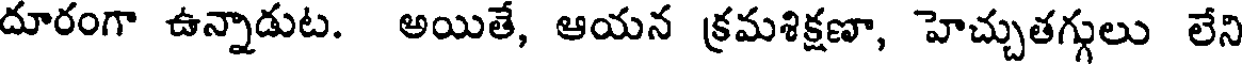
దూరంగా ఉన్నాడుట. అయితే, ఆయన క్రమశిక్షణా, హెచ్చుతగ్గులు లేని